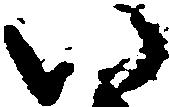
い